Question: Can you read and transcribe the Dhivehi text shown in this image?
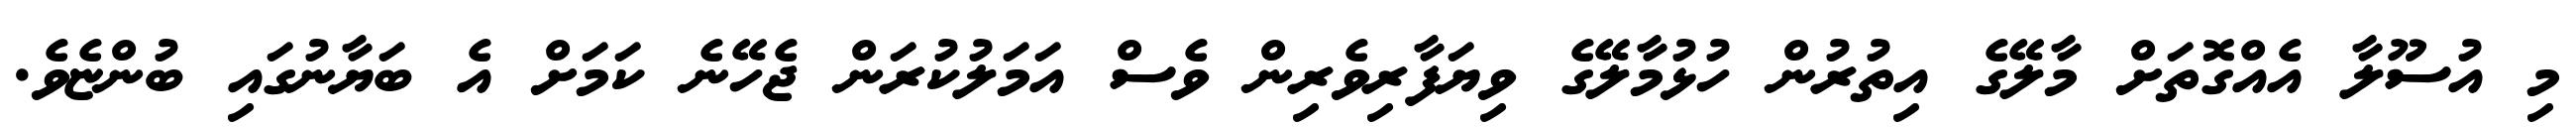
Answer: މި އުސޫލާ އެއްގޮތަށް މާލޭގެ އިތުރުން ހުޅުމާލޭގެ ވިޔަފާރިވެރިން ވެސް އަމަލުކުރަން ޖެހޭނެ ކަމަށް އެ ބަޔާނުގައި ބުންޏެވެ.